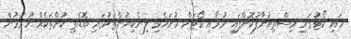
ހައި ކޯޓުގައި އިސްތިއުނާފުކޮށްފައި ވުމާއި ކޯޓަށް ހުށަހެޅި ލިޔެކިޔުންތަކުގައި ބޮޑެތި ކުށްތަކެއް ހުރުމުންް